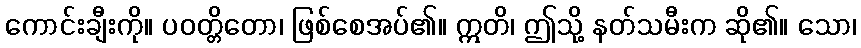
ကောင်းချီးကို။ ပဝတ္တိတော၊ ဖြစ်စေအပ်၏။ ဣတိ၊ ဤသို့ နတ်သမီးက ဆို၏။ သော၊